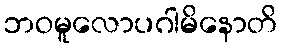
ဘဝမူလောပဂါမိနောတိ